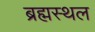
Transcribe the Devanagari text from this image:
ब्रह्मस्थल